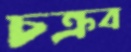
চক্রব